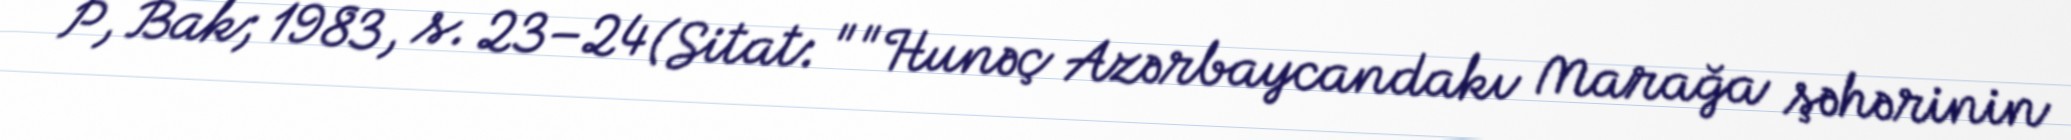
P, Bak; 1983, s. 23–24 (Sitat: ""Hunəç Azərbaycandakı Marağa şəhərinin